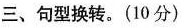
三、句型换转.(10分)